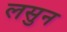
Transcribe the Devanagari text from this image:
लसुन